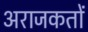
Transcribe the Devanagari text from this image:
अराजकतों